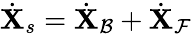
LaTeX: \dot{\mathbf{X}}_{s}=\dot{\mathbf{X}}_{\mathcal{B}}+\dot{\mathbf{X}}_{\mathcal{F}}